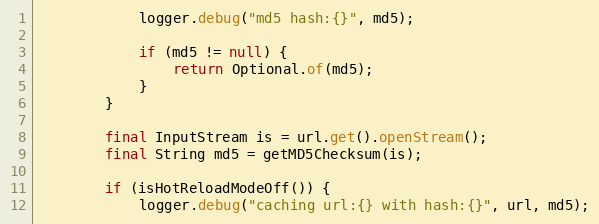
Language: Java
            logger.debug("md5 hash:{}", md5);

            if (md5 != null) {
                return Optional.of(md5);
            }
        }

        final InputStream is = url.get().openStream();
        final String md5 = getMD5Checksum(is);

        if (isHotReloadModeOff()) {
            logger.debug("caching url:{} with hash:{}", url, md5);